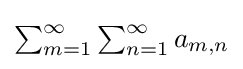
{\textstyle \sum _{m=1}^{\infty }\sum _{n=1}^{\infty }a_{m,n}}